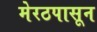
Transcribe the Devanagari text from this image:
मेरठपासून